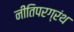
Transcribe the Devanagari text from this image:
नीतिपरग्रंथ